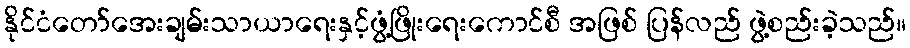
နိုင်ငံတော်အေးချမ်းသာယာရေးနှင့်ဖွံ့ဖြိုးရေးကောင်စီ အဖြစ် ပြန်လည် ဖွဲ့စည်းခဲ့သည်။